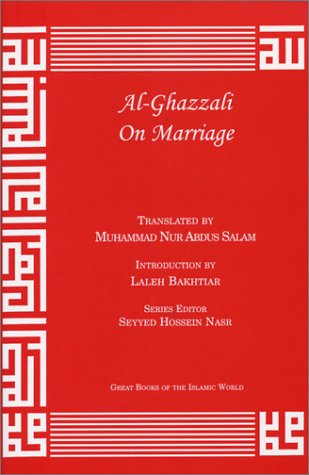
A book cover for Al-Ghazzali On Marriage (Alchemy of Happiness); AbÃ» HÃ¢mid Muhammad ibn Muhammad al-GhazÃ¢lÃ®; Religion & Spirituality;